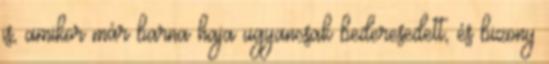
is, amikor már barna haja ugyancsak bederesedett, és bizony